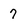
Character: 7